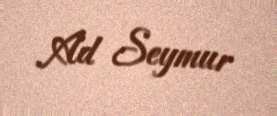
Ad Seymur